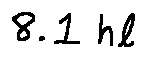
8 . 1 h l